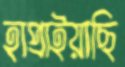
হাপ্‌রাইয়াছি